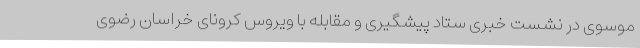
موسوی در نشست خبری ستاد پیشگیری و مقابله با ویروس کرونای خراسان رضوی